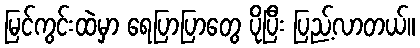
မြင်ကွင်းထဲမှာ ရေပြာပြာတွေ ပိုပြီး ပြည့်လာတယ်။